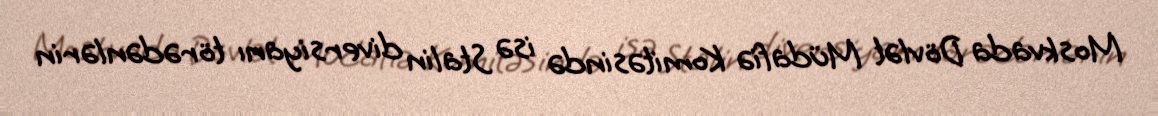
Moskvada Dövlət Müdafiə Komitəsində isə Stalin diversiyanı törədənlərin